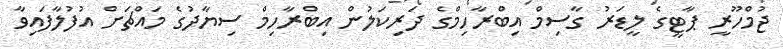
ޖުމްހޫރީ ޕާޓީގެ ލީޑަރު ގާސިމް އިބްރާހިމްގެ ދަރިކަލުން އިބްރާހިމް ސިޔާދުގެ މައްޗަށް އުފުލާފައިވާ